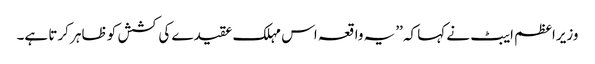
وزیراعظم ایبٹ نے کہا کہ ’’یہ واقعہ اس مہلک عقیدے کی کشش کو ظاہر کرتا ہے۔